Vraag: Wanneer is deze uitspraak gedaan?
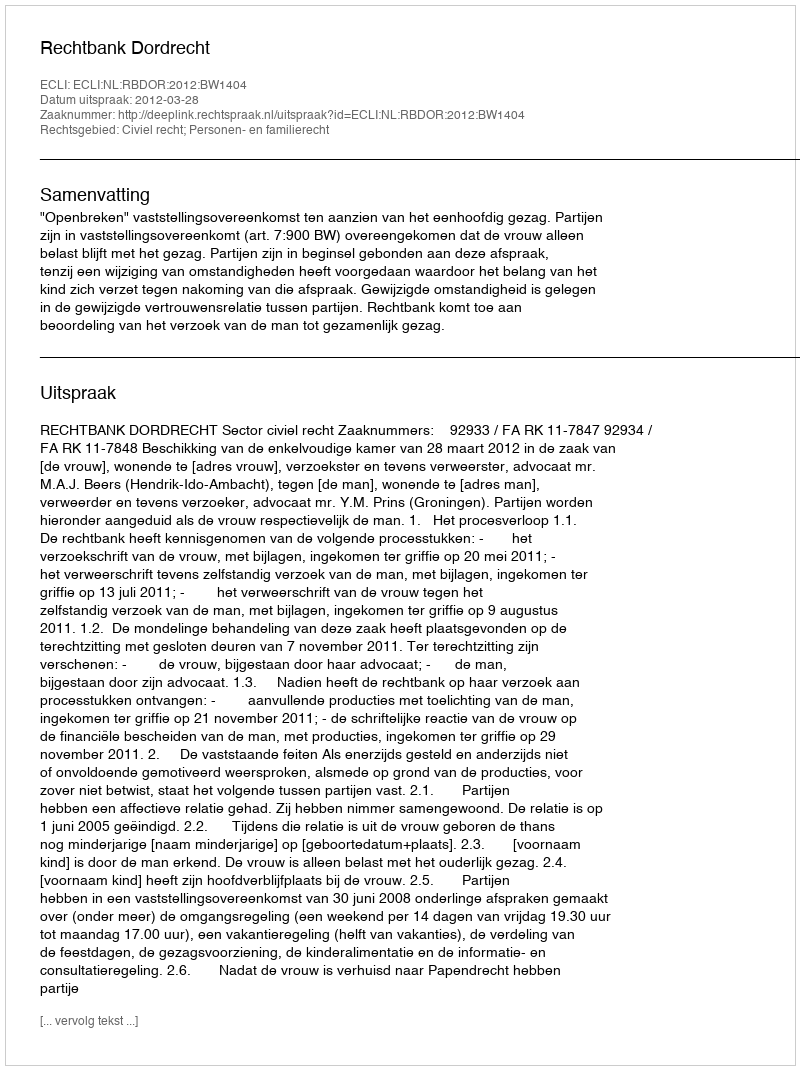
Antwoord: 2012-03-28